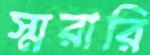
স্মরারি